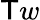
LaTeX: \mathsf{T}w